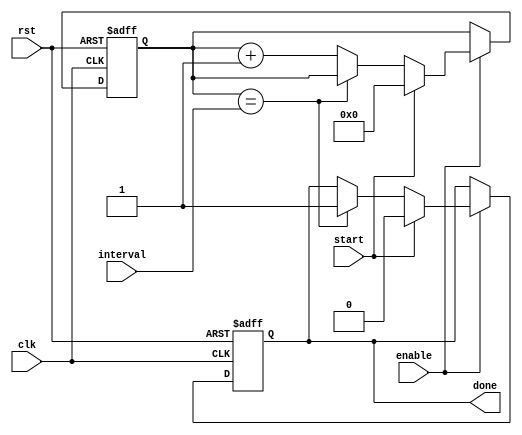
module Interval_timer (
  input wire clk,             // Clock signal
  input wire rst,             // Reset signal
  input wire enable,          // Enable signal to start/stop timer
  input wire start,           // Start signal to begin counting
  input wire [31:0] interval, // Interval duration input
  output reg done             // Output signal to indicate interval elapsed
);

reg [31:0] count; // Counter to keep track of elapsed time

always @(posedge clk or posedge rst) begin
  if (rst) begin
    count <= 0;
    done <= 0;
  end else if (enable) begin
    if (start) begin
      count <= 0;
      done <= 0;
    end else if (count == interval) begin
      done <= 1;
    end else begin
      count <= count + 1;
    end
  end
end

endmodule